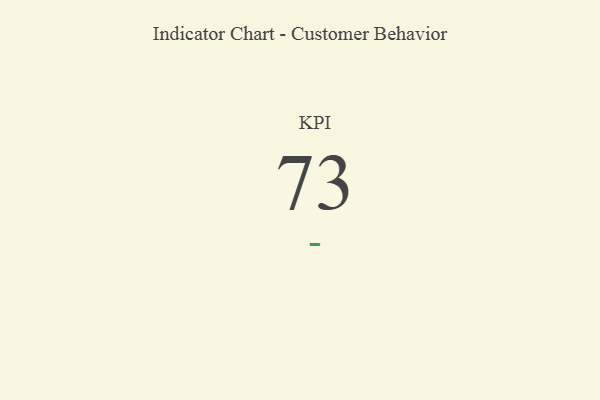
{"axis": {"x": "KPI", "y": "Value"}, "legend": [""], "data": [{"x": "KPI", "y": 73, "type": ""}]}